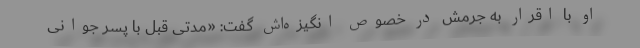
او با اقرار به جرمش در خصوص انگیزه‌اش گفت: «مدتی قبل با پسر جوانی